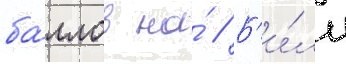
ба́ллов на́ // Б'и́лл